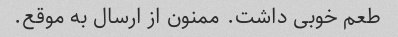
طعم خوبی داشت. ممنون از ارسال به موقع.